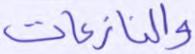
والنازعات